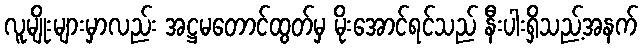
လူမျိုးများမှာလည်း အဋ္ဌမတောင်ထွတ်မှ မိုးအောင်ရင်သည် နီးပါးရှိသည့်အနက်